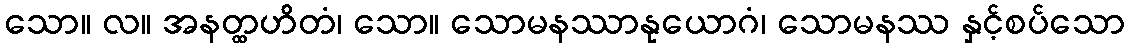
သော။ လ။ အနတ္ထဟိတံ၊ သော။ သောမနဿာနုယောဂံ၊ သောမနဿ နှင့်စပ်သော